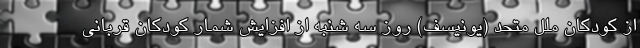
از کودکان ملل متحد (یونیسف) روز سه شنبه از افزایش شمار کودکان قربانی